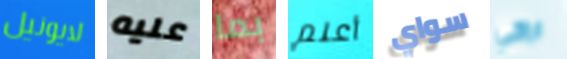
لايونيل عليه بما أعلم سواي اراكي